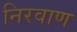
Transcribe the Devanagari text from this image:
निरवाण